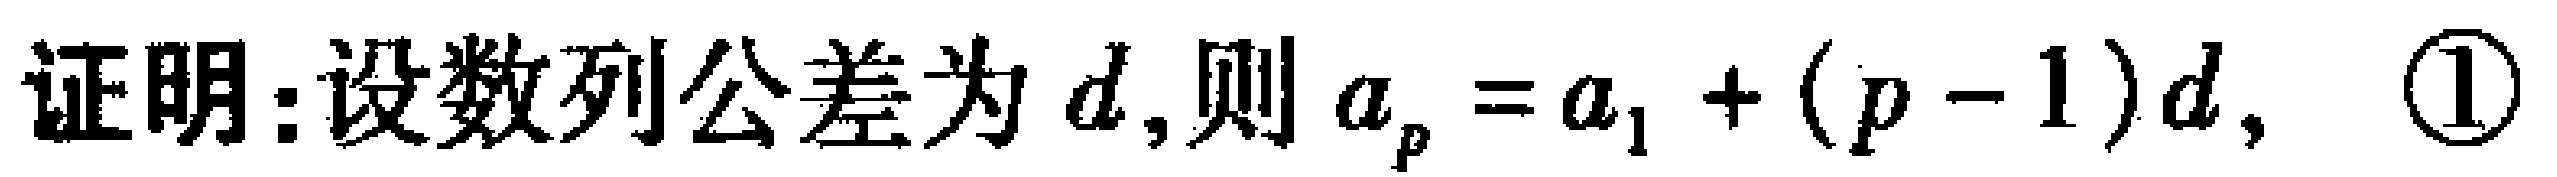
证明：设数列公差为\(d\)，则\(a_{p}=a_{1}+(p - 1)d\)，  \textcircled{1}